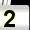
Digit: 2